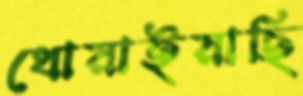
ধোয়াইয়াছি